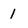
Character: 1